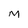
Character: M